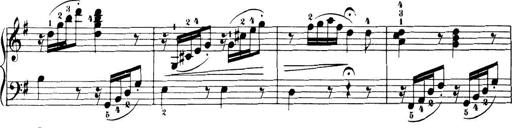
Title: 32 Sonatinas and Rondos for the Piano
Composer: Richard Kleinmichel